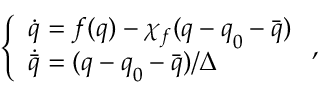
\left\{ \begin{array} { l } { \dot { \boldsymbol { q } } = \boldsymbol { f } ( \boldsymbol { q } ) - \chi _ { f } ( \boldsymbol { q } - \boldsymbol { q } _ { 0 } - \bar { \boldsymbol { q } } ) } \\ { \dot { \bar { \boldsymbol { q } } } = ( \boldsymbol { q } - \boldsymbol { q } _ { 0 } - \bar { \boldsymbol { q } } ) / \Delta } \end{array} \right. ,